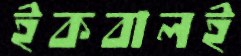
ইকবালই